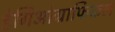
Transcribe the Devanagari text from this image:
हेगिओग्राफिकल